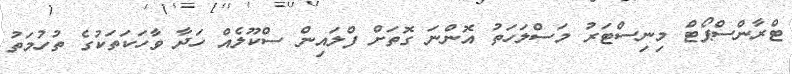
ޓްރާންސްޕޯޓް މިނިސްޓަރު މަސްލަހަތު އޮންނަ ގޮތަށް ފްލައިން ސްކޫލެއް ހަދާ ވާހަކަތަކުގެ ތުހުމަތު